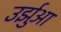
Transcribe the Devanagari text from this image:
उर्झुआ